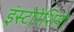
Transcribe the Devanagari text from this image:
इंस्टोरेशियो